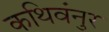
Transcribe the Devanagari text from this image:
कथिवंनुर